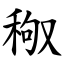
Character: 䅓